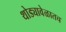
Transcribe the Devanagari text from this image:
थोड्यावेळातच